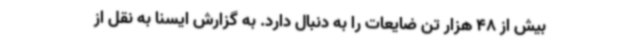
بیش از 48 هزار تن ضایعات را به دنبال دارد. به گزارش ایسنا به نقل از